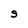
Character: s